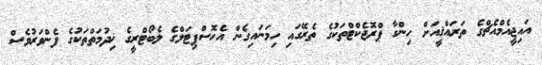
އައިޖީއެމްއެޗްގެ ތަރައްޤީއަށް ހިންގާ ޕްރޮޖެކްޓްތަކުގެ ތެރޭގައި ހިމަނައިގެން އެހޮސްޕިޓަލްގެ ލެބޯޓްރީގެ ޚިދުމަތްތަކުގެ ފެންވަރުވެސް